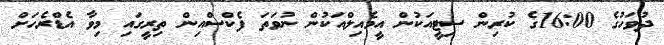
ދުވަހުގެ 16:00ގެ ކުރިން ސިޓީއަކުން އީމެއިލްއަކުން ނުވަތަ ފެކްސްއިން ތިރީގައި މިވާ އެޑްރެހަށް